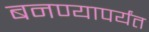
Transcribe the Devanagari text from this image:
बनण्यापर्यंत